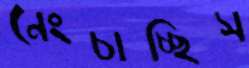
নেংচাচ্ছিস